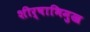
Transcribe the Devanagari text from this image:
शीर्षाभिमुख